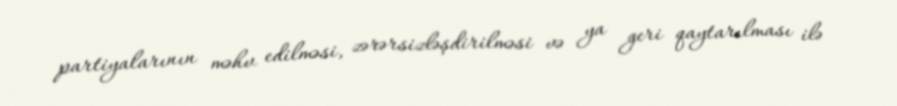
partiyalarının məhv edilməsi, zərərsizləşdirilməsi və ya geri qaytarılması ilə